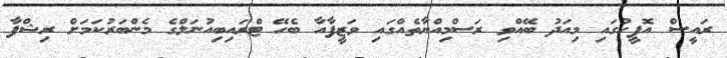
ރައީސް އޮފީހުގައި މިއަދު ބޭއްވި ރަސްމިއްޔާތެއްގައި ވަޒީފާއާ ބެހޭ ޓްރައިބިއުނަލްގެ މެންބަރުކަމަށް ރިޝްފާ